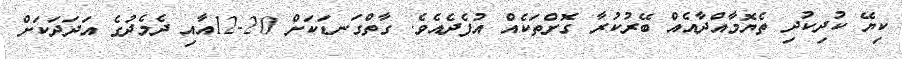
ކިޔޭ ކުދިކުދި ތެޔޮމާއްދާއެއް ބޭރުކުރާ ގޮށްތަކެއް އުފެދެއެވެ. ގާތްގަނޑަކަށް 20-12އާއި ދެމެދުގެ އަދަދަކަށް